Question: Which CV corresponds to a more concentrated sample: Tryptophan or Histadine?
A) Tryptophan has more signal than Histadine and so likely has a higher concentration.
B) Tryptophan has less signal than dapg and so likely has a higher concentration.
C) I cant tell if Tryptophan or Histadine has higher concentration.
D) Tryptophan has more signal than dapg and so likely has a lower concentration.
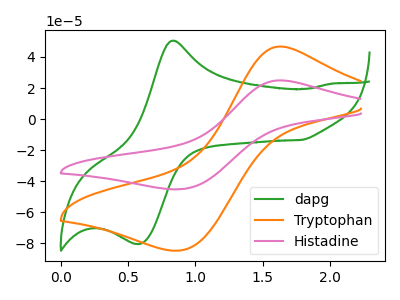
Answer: <think>The green curve "dapg" has an anodic peak at (0.85V, 50.50uA) and a cathodic peak at (0.60V, -80.30uA). The orange curve "Tryptophan" has an anodic peak at (1.65V, 46.70uA) and a cathodic peak at (0.90V, -84.55uA). The pink curve "Histadine" has an anodic peak at (1.65V, 24.90uA) and a cathodic peak at (0.90V, -45.10uA).
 All the peaks in "Tryptophan" have a peak in "Histadine" at the same potential. Every peak in "Tryptophan" is higher than every peak in "Histadine".</think>
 <answer>A) "Tryptophan" has more signal than "Histadine" and so likely has a higher concentration.</answer>
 <eval>A</eval>